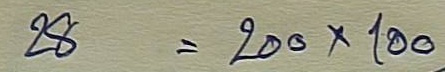
28 = 200x100